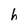
Character: h